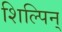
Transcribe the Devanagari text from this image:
शिल्पिन्